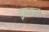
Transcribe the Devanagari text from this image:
इबादान